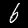
Digit: 6